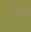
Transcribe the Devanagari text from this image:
सैशेम